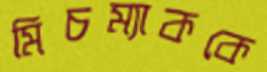
মিচম্যাককে